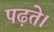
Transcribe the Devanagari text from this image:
पढ़ते।